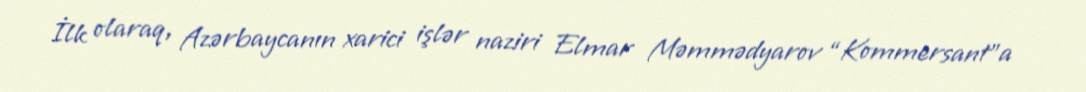
İlk olaraq, Azərbaycanın xarici işlər naziri Elmar Məmmədyarov “Kommersant”a